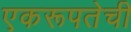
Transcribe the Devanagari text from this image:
एकरूपतेची